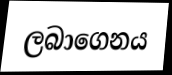
ලබාගෙනය